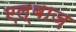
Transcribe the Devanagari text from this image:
एल्बाज़